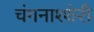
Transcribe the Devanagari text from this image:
चंगनाश्शेरी